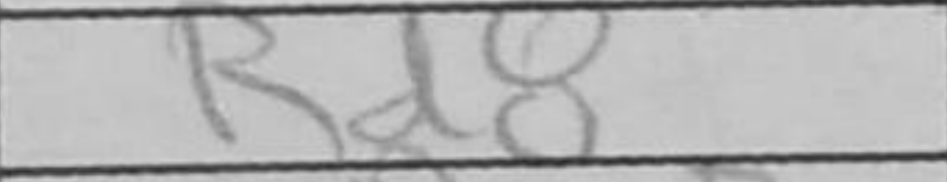
Transcription: Rd8